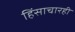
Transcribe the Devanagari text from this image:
हिंसाचारही